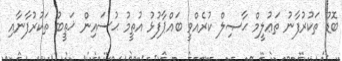
ބޮޑު ތަކުރުފާނު ތަޢުލީމް ޙާޞިލް ކުރެއްވީ ބައްޕާފުޅު އުތީމު ޙުސައިން ޚަޠީބު ތަކުރުފާނާއި